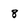
Character: 8